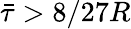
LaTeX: \bar{\tau}>8/27R